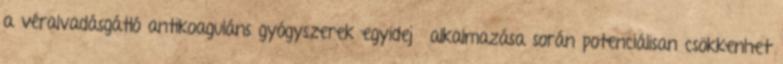
a véralvadásgátló antikoaguláns gyógyszerek egyidejű alkalmazása során potenciálisan csökkenhet